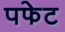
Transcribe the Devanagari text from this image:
पफेट